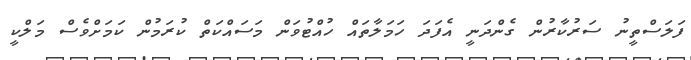
ފަލަސްތީނު ސަރުކާރުން ގެންދަނީ އެފަދަ ހަމަލާތައް ހުއްޓުވަން މަސައްކަތް ކުރަމުން ކަމަށްވެސް މަލްކީ